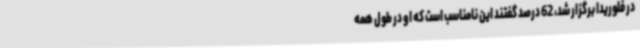
در فلوریدا برگزار شد، 62 درصد گفتند این نامناسب است که او در طول همه